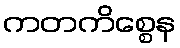
ကတကိစ္စေန